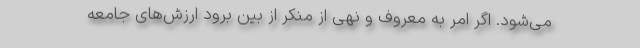
می‌شود. اگر امر به معروف و نهی از منکر از بین برود ارزش‌های جامعه